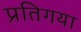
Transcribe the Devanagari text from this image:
प्रतिगया